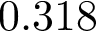
0 . 3 1 8